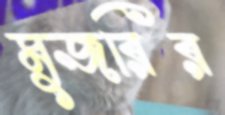
মুজরির